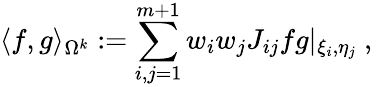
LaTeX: \langle f,g\rangle_{\Omega^{k}}:=\sum_{i,j=1}^{m+1}{w_{i}w_{j}J_{ij}fg|_{\xi_{i},\eta_{j}}}\mathrm{~,~}